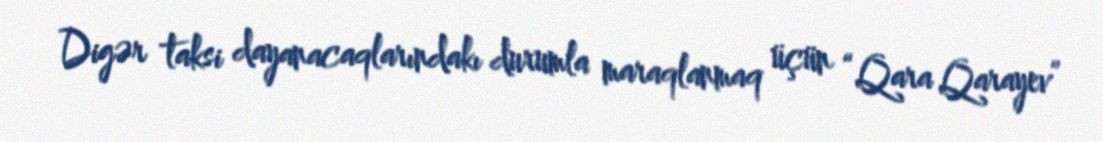
Digər taksi dayanacaqlarındakı durumla maraqlanmaq üçün “Qara Qarayev”